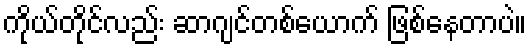
ကိုယ်တိုင်လည်း ဆာဂျင်တစ်ယောက် ဖြစ်နေတာပဲ။